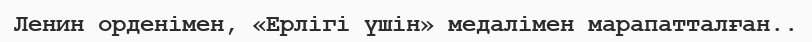
Ленин орденімен, «Ерлігі үшін» медалімен марапатталған..